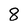
Character: 8